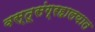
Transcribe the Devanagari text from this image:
वस्तूसंग्रहालयात